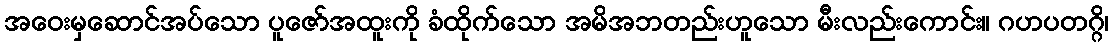
အဝေးမှဆောင်အပ်သော ပူဇော်အထူးကို ခံထိုက်သော အမိအဘတည်းဟူသော မီးလည်းကောင်း။ ဂဟပတဂ္ဂိ၊